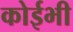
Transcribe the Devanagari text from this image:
कोईभी